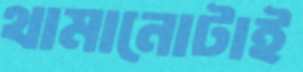
থামানোটাই